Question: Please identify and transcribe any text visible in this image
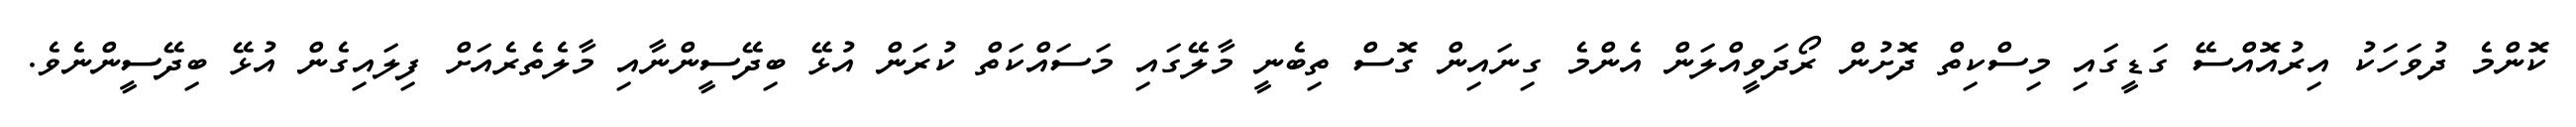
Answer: ކޮންމެ ދުވަހަކު އިރުއޮއްސޭ ގަޑީގައި މިސްކިތް ދޮށުން ރޯދަވީއްލަން އެންމެ ގިނައިން ގޮސް ތިބެނީ މާލޭގައި މަސައްކަތް ކުރަން އުޅޭ ބިދޭސީންނާއި މާލެތެރެއަށް ފިލައިގެން އުޅޭ ބިދޭސީންނެވެ.